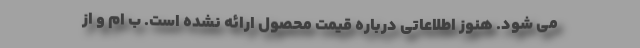
می شود. هنوز اطلاعاتی درباره قیمت محصول ارائه نشده است. ب ام و از